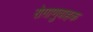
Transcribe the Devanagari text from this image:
रोग़ाणुवाहक